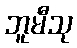
ဘူမီသု